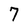
Character: 7